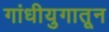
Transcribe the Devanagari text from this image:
गांधीयुगातून